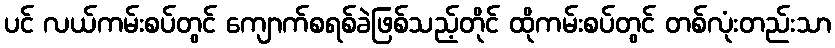
ပင် လယ်ကမ်းစပ်တွင် ကျောက်စရစ်ခဲဖြစ်သည့်တိုင် ထိုကမ်းစပ်တွင် တစ်လုံးတည်းသာ